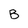
Character: B